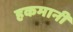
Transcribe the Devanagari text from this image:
हकमानी